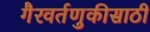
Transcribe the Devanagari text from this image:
गैरवर्तणुकीसाठी